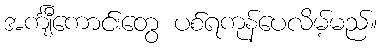
အင်္ကျီကောင်းတွေ ပစ်ရကုန်ပေလိမ့်မည်။